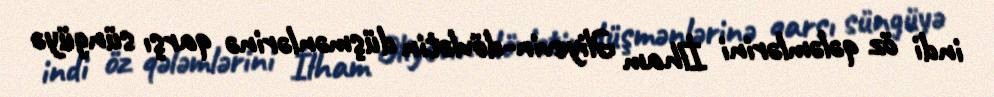
indi öz qələmlərini İlham Əliyevin-dövlətin düşmənlərinə qarşı süngüyə